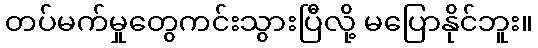
တပ်မက်မှုတွေကင်းသွားပြီလို့ မပြောနိုင်ဘူး။